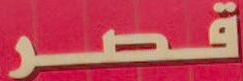
قصر